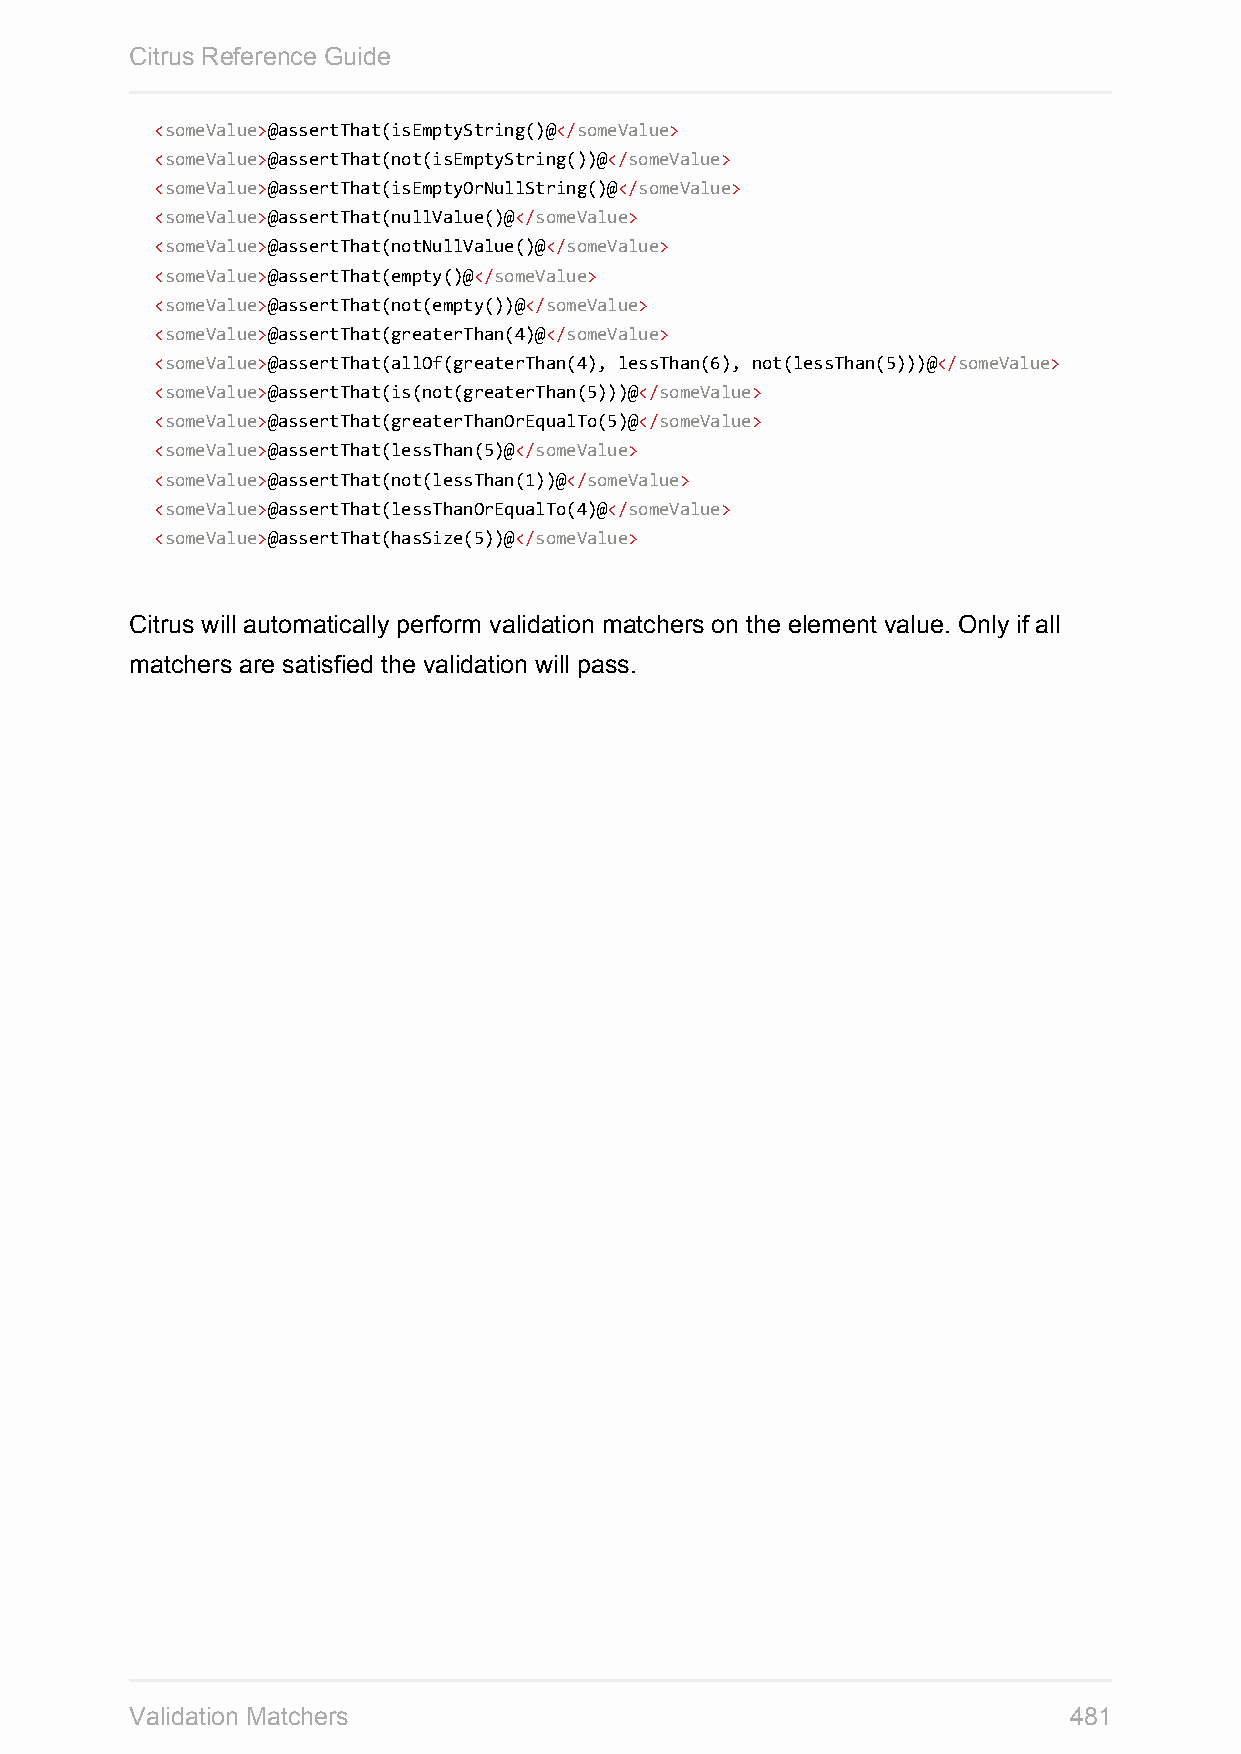
Citrus Reference Guide
 <someValue>@assertThat(isEmptyString()@</someValue>
 <someValue>@assertThat(not(isEmptyString())@</someValue>
 <someValue>@assertThat(isEmptyOrNullString()@</someValue>
 <someValue>@assertThat(nullValue()@</someValue>
 <someValue>@assertThat(notNullValue()@</someValue>
 <someValue>@assertThat(empty()@</someValue>
 <someValue>@assertThat(not(empty())@</someValue>
 <someValue>@assertThat(greaterThan(4)@</someValue>
 <someValue>@assertThat(allOf(greaterThan(4), lessThan(6), not(lessThan(5)))@</someValue>
 <someValue>@assertThat(is(not(greaterThan(5)))@</someValue>
 <someValue>@assertThat(greaterThanOrEqualTo(5)@</someValue>
 <someValue>@assertThat(lessThan(5)@</someValue>
 <someValue>@assertThat(not(lessThan(1))@</someValue>
 <someValue>@assertThat(lessThanOrEqualTo(4)@</someValue>
 <someValue>@assertThat(hasSize(5))@</someValue>
 Citrus will automatically perform validation matchers on the element value. Only if all
 matchers are satisfied the validation will pass.
 Validation Matchers                                           481